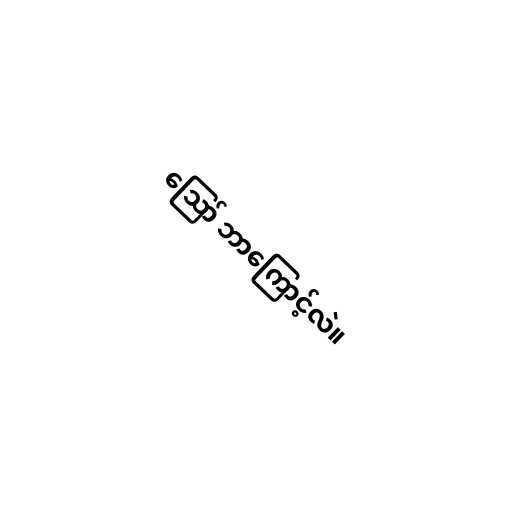
ဪ ဘာကြောင့်လဲ။